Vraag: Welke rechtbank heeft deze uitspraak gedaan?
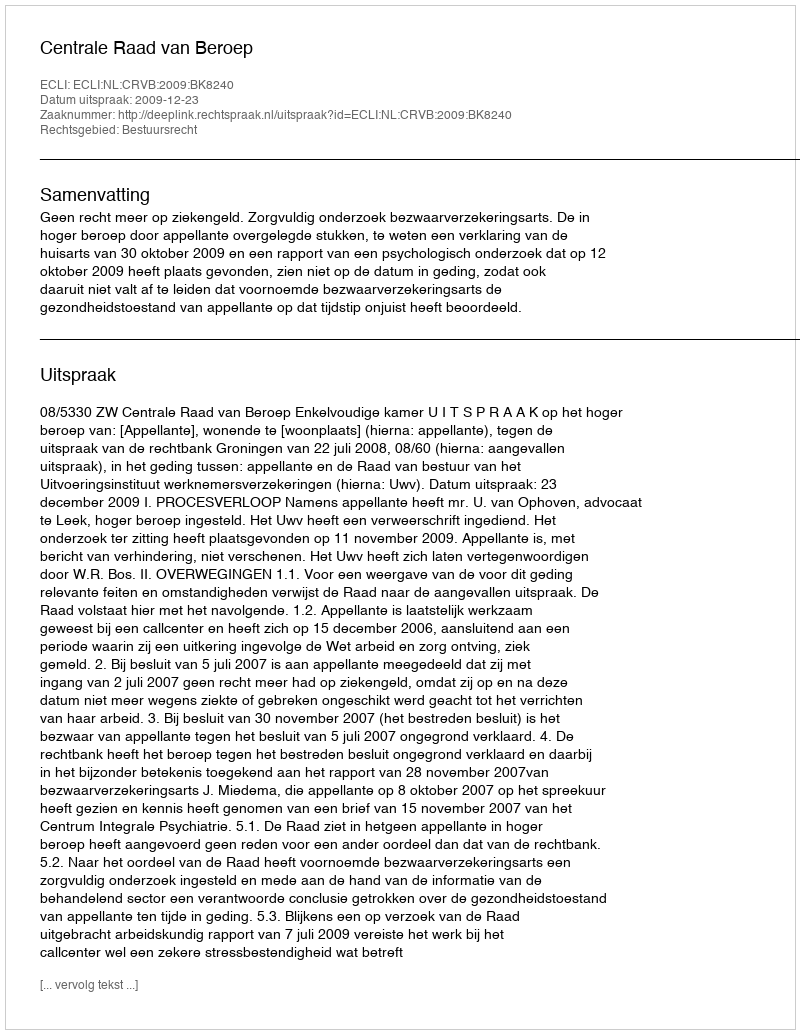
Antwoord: Centrale Raad van Beroep